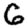
Digit: 6